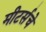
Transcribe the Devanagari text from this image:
मीटर्सचे